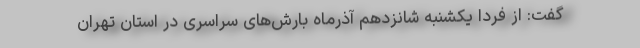
گفت: از فردا یکشنبه شانزدهم آذرماه بارش‌های سراسری در استان تهران